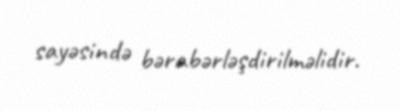
sayəsində bərabərləşdirilməlidir.